Document type: Sale
Year: 1461
Scribe: [Unknown]
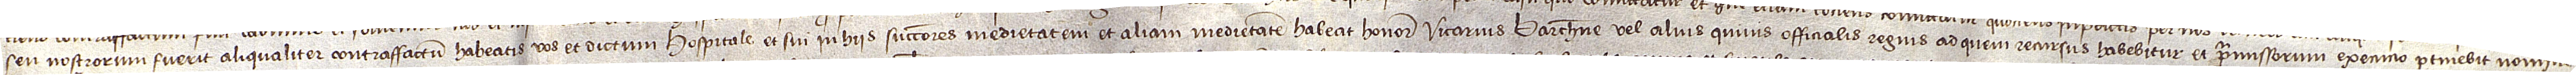
seu nostrorum fuerit aliqualiter contraffactum habeatis vos et dictum hospitale et sui in hiis successores medietatem, et aliam medietatem habeat honorabilis vicarius Barchinone vel alius quivis officialis regnis ad quem recursus habebitur et premissorum excucio pertinebit nomine